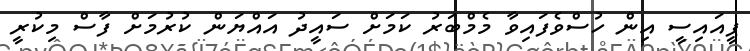
ޕީއައިސީ އިން ހުސްވެފައިވާ މެމްބަރު ކަމަށް ސައީދު އައްޔަން ކުރުމަށް ފާސް މިކުރީ